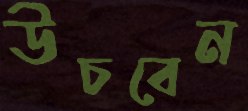
উচবেন